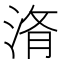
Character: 𭰧